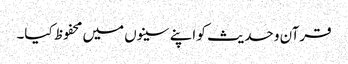
قرآن و حدیث کو اپنے سینوں میں محفوظ کیا۔